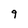
Character: 9